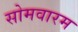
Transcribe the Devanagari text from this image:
सोमवारम